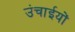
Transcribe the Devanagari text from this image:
उंचाईयों